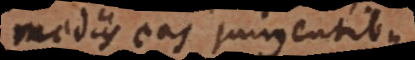
mediis eas jungentibus.